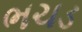
ભચડ